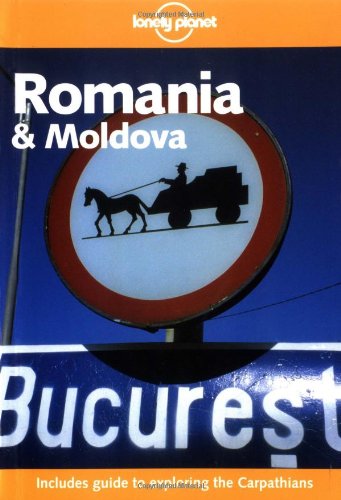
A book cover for Romania and Moldova (Lonely Planet); David St. Vincent; Travel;